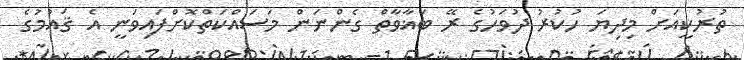
ތުރުކީއަށް މިދިޔަ ހުކުރު ދުވަހުގެ ރޭ ބަޣާވާތް ގެންނަން މަސައްކަތްކޮށްފައިވަނީ އެ ޤައުމުގެ